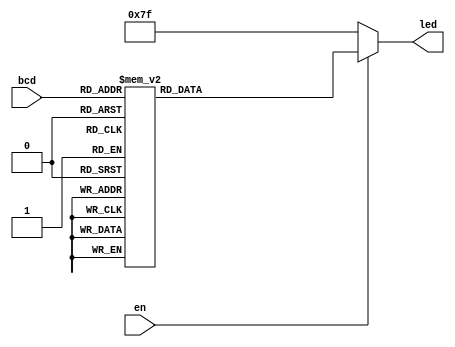
`timescale 1ns / 1ps
//////////////////////////////////////////////////////////////////////////////////
// Company: 
// Engineer: 
// 
// Design Name: 
// Module Name: BCD_to_7seg
// Project Name: 
// Target Devices: 
// Tool Versions: 
// Description: 
// 
// Dependencies: 
// 
// Revision:
// Revision 0.01 - File Created
// Additional Comments:
// 
//////////////////////////////////////////////////////////////////////////////////
/*
   _a_
 |     |
f| _g_ |b
 |     |
e| _d_ |c

*/
module BCD_to_7seg(bcd,en, led);
input [3:0] bcd; //DOUT[4:1]
input en; // DOUT[5]
output [6:0]led;
reg [6:0] led;

always @(bcd)
begin
if(en == 0)
begin
led = 7'b1111111;
end
else
begin    
    case(bcd)
        0: led = 7'b0000001; // 0
        1: led = 7'b1001111; // 1
        2: led = 7'b0010010; // 2
        3: led = 7'b0000110; // 3
        4: led = 7'b1001100; // 4
        5: led = 7'b0100100; // 5
        6: led = 7'b0100000; // 6
        7: led = 7'b0001111; // 7 
        8: led = 7'b0000000; // 8
        9: led = 7'b0000100; // 9
       10: led = 7'b0001000; // A
       11: led = 7'b1100000; // B
       12: led = 7'b0110001; // C
       13: led = 7'b1000010; // D
       14: led = 7'b0110000; // E
       15: led = 7'b0111000; // F
        default: led = 7'b1111111;
    endcase
end
end
endmodule